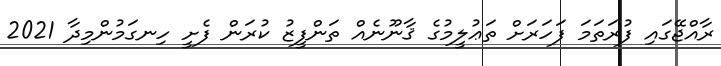
ރާއްޖޭގައި ފުރަތަމަ ފަހަރަށް ތަޢުލީމުގެ ޤާނޫނެއް ތަންފީޒު ކުރަން ފެށީ ހިނގަމުންމިދާ 2021